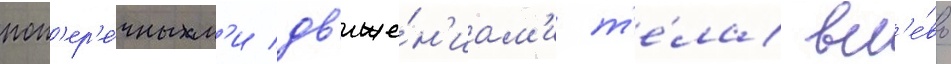
поп'ер'е́чным'и дв'иже́н'иам'и т'е́ла вл'е́во